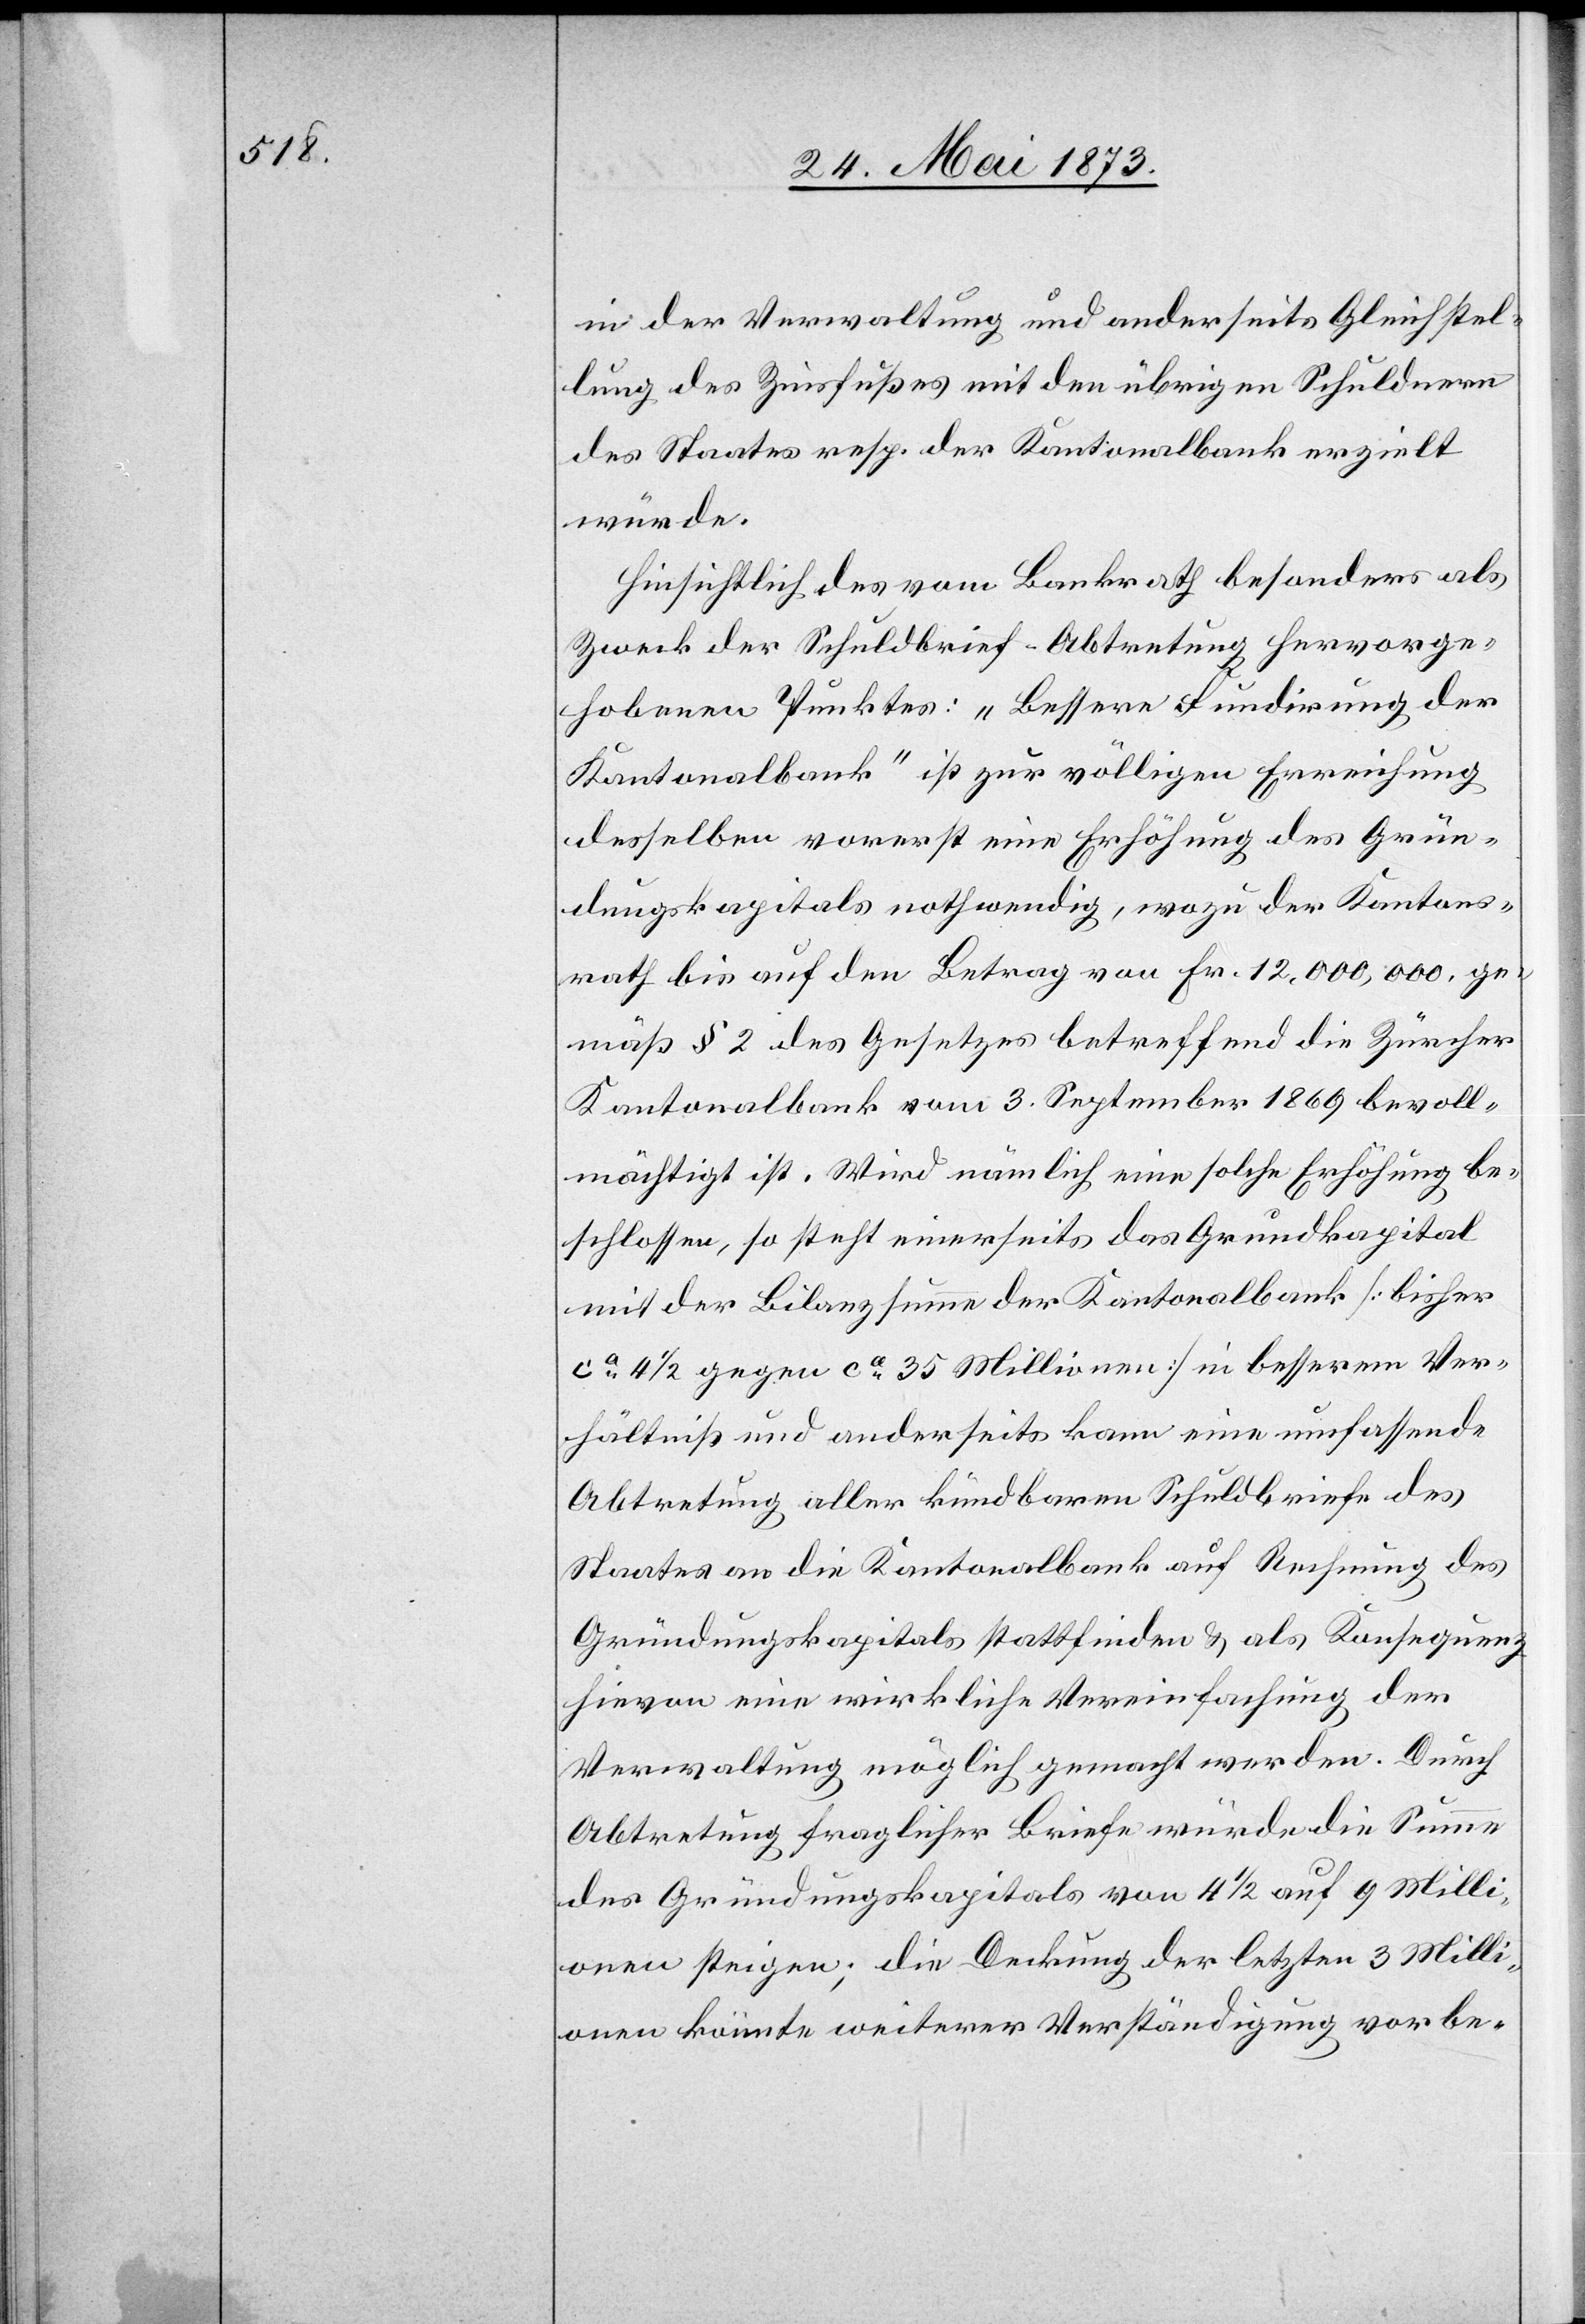
in der Verwaltung und anderseits Gleichstel¬
lung des Zinsfußes mit den übrigen Schuldnern
des Staates resp. der Kantonalbank erzielt
würde.
Hinsichtlich des vom Bankrath besonders als
Zweck der Schuldbrief-Abtretung hervorge¬
hobenen Punktes „Bessere Fundirung der
Kantonalbank“ ist zur völligen Erreichung
desselben vorerst eine Erhöhung des Grün¬
dungskapitals nothwendig, wozu der Kantons¬
rath bis auf den Betrag von Fr. 12,000,000. ge¬
mäß § 2 des Gesetzes betreffend die Zürcher
Kantonalbank vom 3. September 1869 bevoll¬
mächtigt ist. Wird nämlich eine solche Erhöhung be¬
schlossen, so steht einerseits das Grundkapital
mit der Bilanzsumme der Kantonalbank [bisher
ca 4 1/2 gegen ca 35 Millionen] in besserem Ver¬
hältniß und anderseits kann eine umfassende
Abtretung aller kündbaren Schuldbriefe des
Staates an die Kantonalbank auf Rechnung des
Gründungskapitals stattfinden & als Konsequenz
hievon eine wirkliche Vereinfachung der
Verwaltung möglich gemacht werden. Durch
Abtretung fraglicher Briefe würde die Summe
des Gründungskapitals von 4 1/2 auf 9 Milli¬
onen steigen; die Deckung der letzten 3 Milli¬
onen könnte weiterer Verständigung vorbe-